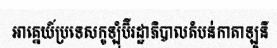
អាគ្នេយ៍ប្រទេសកូឡុំប៊ីរដ្ឋាភិបាលតំបន់កាតាឡូនី